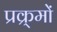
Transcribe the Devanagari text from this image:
प्रक्र्मों